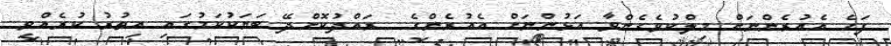
ފަހެ އެއުރެންނަށް މިލްކުވެގެންވާ އަޅުންނަށް އެއުރެންގެ  ރައްދުކޮށްދޭ ބަޔަކުކަމުގައި އިތުރު ކުރެއްވި